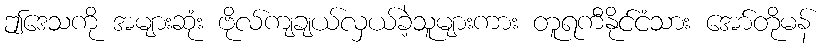
ဤဒေသကို အများဆုံး ဗိုလ်ကျချယ်လှယ်ခဲ့သူများကား တူရကီနိုင်ငံသား အော်တိုမန်